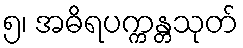
၅၊ အဓိရပက္ကန္တသုတ်